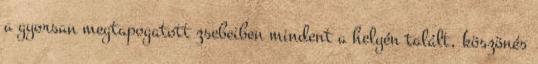
a gyorsan megtapogatott zsebeiben mindent a helyén talált, köszönés